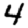
Digit: 4